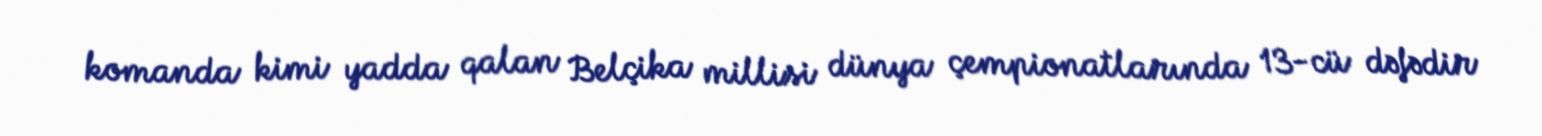
komanda kimi yadda qalan Belçika millisi dünya çempionatlarında 13-cü dəfədir